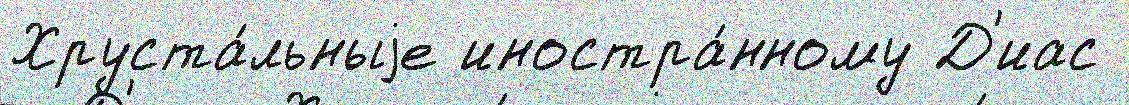
Хруста́льныjе иностра́нному Д'иас